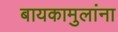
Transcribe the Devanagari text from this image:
बायकामुलांना